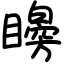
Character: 矈